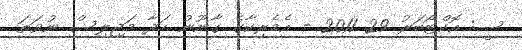
ސީ: އޮކްޓޯބަރު 29 2011 - އެމެރިކާގެ ގާނޫނު ހަދާ މަޖިލިސް ނުވަތަ